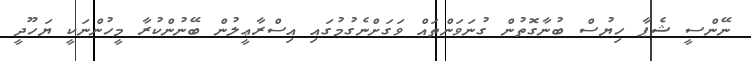
ނޭންސީ ޝެޕާ ހިޔުސް ބުނާގޮތުން ގުނަވަންތައް ވަގަށްނެގުމުގައި އިސްރާޢީލުން ބޭނުންކުރާ މީހުންނަކީ ޔަހޫދީ